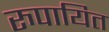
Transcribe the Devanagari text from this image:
रुपायित